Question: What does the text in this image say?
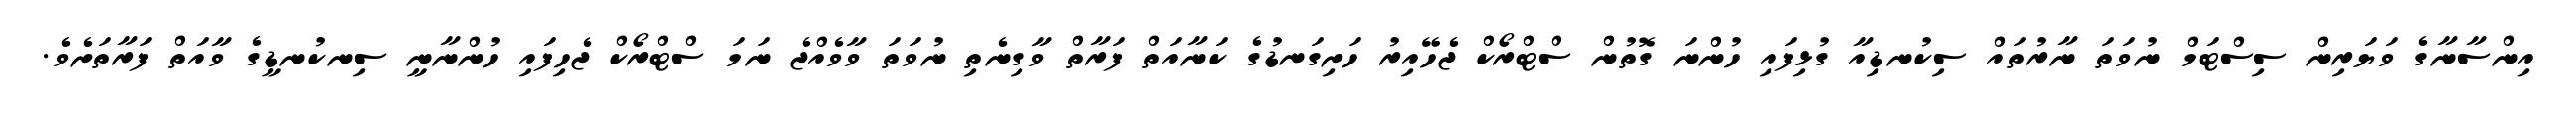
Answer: އިންސާނާގެ ވަޔަރިން ސިސްޓަމް ނުވަތަ ނާރުތައް ސިކުނޑިއާ ގުޅިފައި ހުންނަ ގޮތުން ސްޓްރޯކް ޖެހޭއިރު ހަށިގަނޑުގެ ކަނާއަތް ފަރާތް ވާގިނެތި ނުވަތަ ވާވެއްޖެ ނަމަ ސްޓްރޯކް ޖެހިފައި ހުންނާނީ ސިނކުނޑީގެ ވާއަތް ފަރާތަށެވެ.